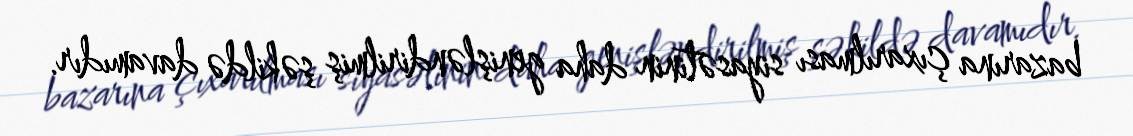
bazarına çıxarılması siyasətinin daha genişləndirilmiş şəkildə davamıdır.